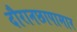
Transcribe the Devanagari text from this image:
दौरानछापामार